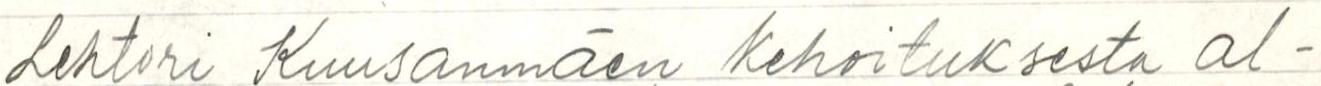
Lehtori Kuusanmäen kehoituksesta al-